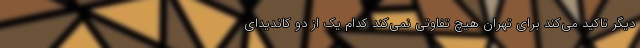
دیگر تاکید می‌کند برای تهران هیچ تفاوتی نمی‌کند کدام یک از دو کاندیدای